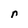
Character: n